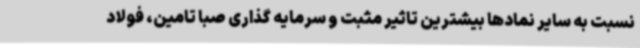
نسبت به سایر نمادها بیشترین تاثیر مثبت و سرمایه گذاری صبا تامین، فولاد